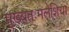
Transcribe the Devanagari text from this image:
मुख्यतःमलेशिया